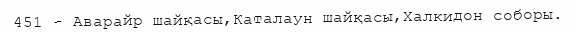
451 - Аварайр шайқасы,Каталаун шайқасы,Халкидон соборы.